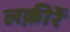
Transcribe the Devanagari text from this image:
लक़ीरें